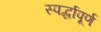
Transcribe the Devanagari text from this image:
स्पर्द्धापूर्ण